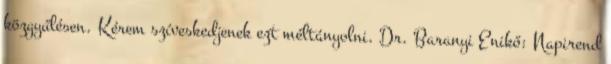
közgyűlésen. Kérem szíveskedjenek ezt méltányolni. Dr. Baranyi Enikő: Napirend